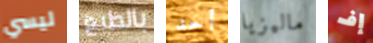
ليسي بالطبع أحد ماليزيا إف